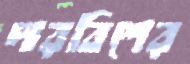
দারবিশের